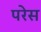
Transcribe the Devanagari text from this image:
परेस